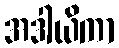
အဒါယိကာ